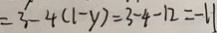
= 3 ^ { \prime } - 4 ( 1 - y ) = 3 - 4 - 1 2 = - 1 1